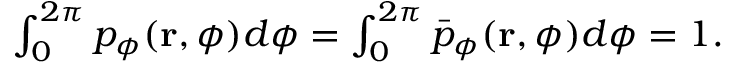
\begin{array} { r } { \int _ { 0 } ^ { 2 \pi } p _ { \phi } ( \mathbf { r } , \phi ) d \phi = \int _ { 0 } ^ { 2 \pi } \bar { p } _ { \phi } ( \mathbf { r } , \phi ) d \phi = 1 . } \end{array}